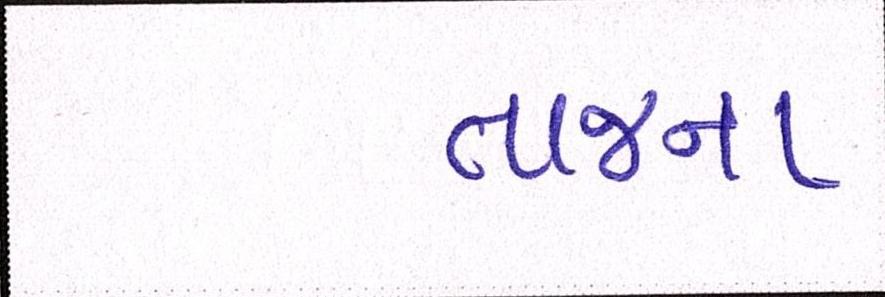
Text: તાજના